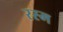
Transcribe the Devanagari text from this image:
रस्‍म